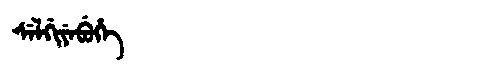
Manchu: ᠰᡝᠯᡤᡳᠶᡝᠪᡠᡥᡝ
Romanization: SELGIYEBUHE